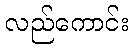
လည်ကောင်း